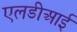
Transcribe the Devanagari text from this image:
एलडीआई